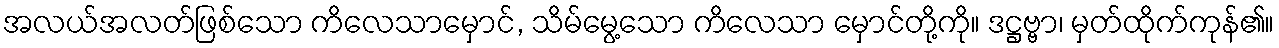
အလယ်အလတ်ဖြစ်သော ကိလေသာမှောင်, သိမ်မွေ့သော ကိလေသာ မှောင်တို့ကို။ ဒဋ္ဌဗ္ဗာ၊ မှတ်ထိုက်ကုန်၏။